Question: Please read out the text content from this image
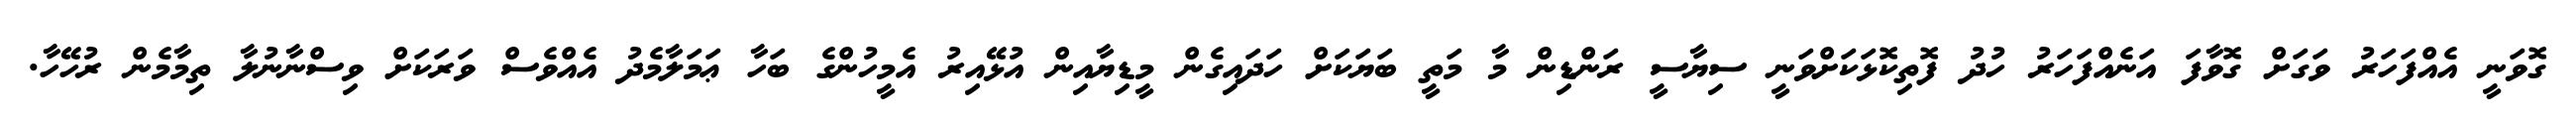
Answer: ގޮވަނީ އެއްފަހަރު ވަގަށް ގޮވާފަ އަނެއްފަހަރު ހުދު ފޮތިކޮޅަކަށްވަނީ ސިޔާސީ ރަންޑިން މާ މަތީ ބަޔަކަށް ހަދައިގެން މީޑިޔާއިން އުޅޭއިރު އެމީހުންގެ ބަހާ ޢަމަލާމެދު އެއްވެސް ވަރަކަށް ވިސްނާނުލާ ތިމާމެން ރުހޭހާ.